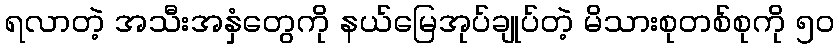
ရလာတဲ့ အသီးအနှံတွေကို နယ်မြေအုပ်ချုပ်တဲ့ မိသားစုတစ်စုကို ၅ဝ